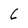
Character: 6